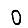
Digit: 0